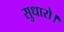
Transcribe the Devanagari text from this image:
सुधारो।